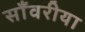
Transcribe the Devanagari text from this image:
साँवरीया